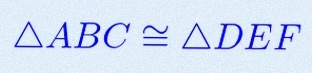
\triangle ABC\cong\triangle DEF